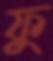
ফু